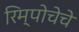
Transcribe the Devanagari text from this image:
रिम्पोचेचे